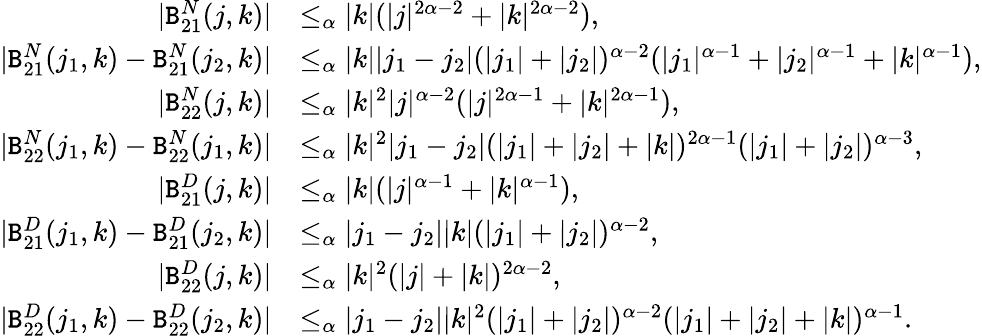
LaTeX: \begin{array}{rl}{|\mathtt{B}_{21}^{N}(j,k)|}&{\le_{\alpha}|k|(|j|^{2\alpha-2}+|k|^{2\alpha-2}),}\\ {|\mathtt{B}_{21}^{N}(j_{1},k)-\mathtt{B}_{21}^{N}(j_{2},k)|}&{\le_{\alpha}|k||j_{1}-j_{2}|(|j_{1}|+|j_{2}|)^{\alpha-2}(|j_{1}|^{\alpha-1}+|j_{2}|^{\alpha-1}+|k|^{\alpha-1}),}\\ {|\mathtt{B}_{22}^{N}(j,k)|}&{\le_{\alpha}|k|^{2}|j|^{\alpha-2}(|j|^{2\alpha-1}+|k|^{2\alpha-1}),}\\ {|\mathtt{B}_{22}^{N}(j_{1},k)-\mathtt{B}_{22}^{N}(j_{1},k)|}&{\le_{\alpha}|k|^{2}|j_{1}-j_{2}|(|j_{1}|+|j_{2}|+|k|)^{2\alpha-1}(|j_{1}|+|j_{2}|)^{\alpha-3},}\\ {|\mathtt{B}_{21}^{D}(j,k)|}&{\le_{\alpha}|k|(|j|^{\alpha-1}+|k|^{\alpha-1}),}\\ {|\mathtt{B}_{21}^{D}(j_{1},k)-\mathtt{B}_{21}^{D}(j_{2},k)|}&{\le_{\alpha}|j_{1}-j_{2}||k|(|j_{1}|+|j_{2}|)^{\alpha-2},}\\ {|\mathtt{B}_{22}^{D}(j,k)|}&{\le_{\alpha}|k|^{2}(|j|+|k|)^{2\alpha-2},}\\ {|\mathtt{B}_{22}^{D}(j_{1},k)-\mathtt{B}_{22}^{D}(j_{2},k)|}&{\le_{\alpha}|j_{1}-j_{2}||k|^{2}(|j_{1}|+|j_{2}|)^{\alpha-2}(|j_{1}|+|j_{2}|+|k|)^{\alpha-1}.}\end{array}